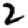
Digit: 2